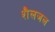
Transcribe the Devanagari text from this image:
शैलजल